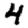
Digit: 4